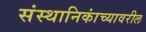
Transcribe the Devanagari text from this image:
संस्थानिकांच्यावरील